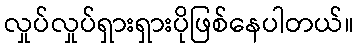
လှုပ်လှုပ်ရှားရှားပိုဖြစ်နေပါတယ်။